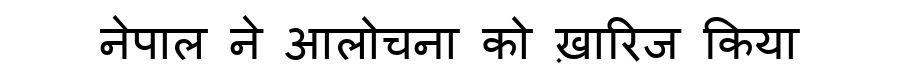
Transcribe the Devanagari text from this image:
नेपाल ने आलोचना को ख़ारिज किया